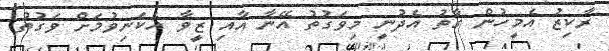
ރާކިޒު އެމީހުން ގާތު އެދުނީ މިވަގުތު އޭނާ އާއި ޒީވާ އެކަނިވުމަށް ވަގުތު